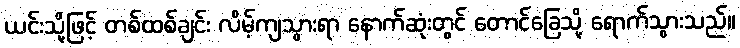
ယင်းသို့ဖြင့် တစ်ထစ်ချင်း လိမ့်ကျသွားရာ နောက်ဆုံးတွင် တောင်ခြေသို့ ရောက်သွားသည်။